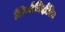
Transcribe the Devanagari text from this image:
लियोनिदोविच